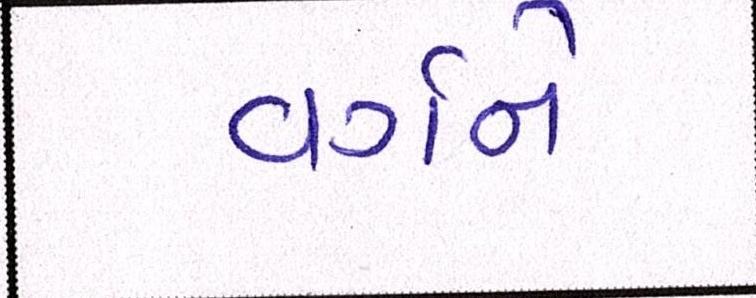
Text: વર્ગને